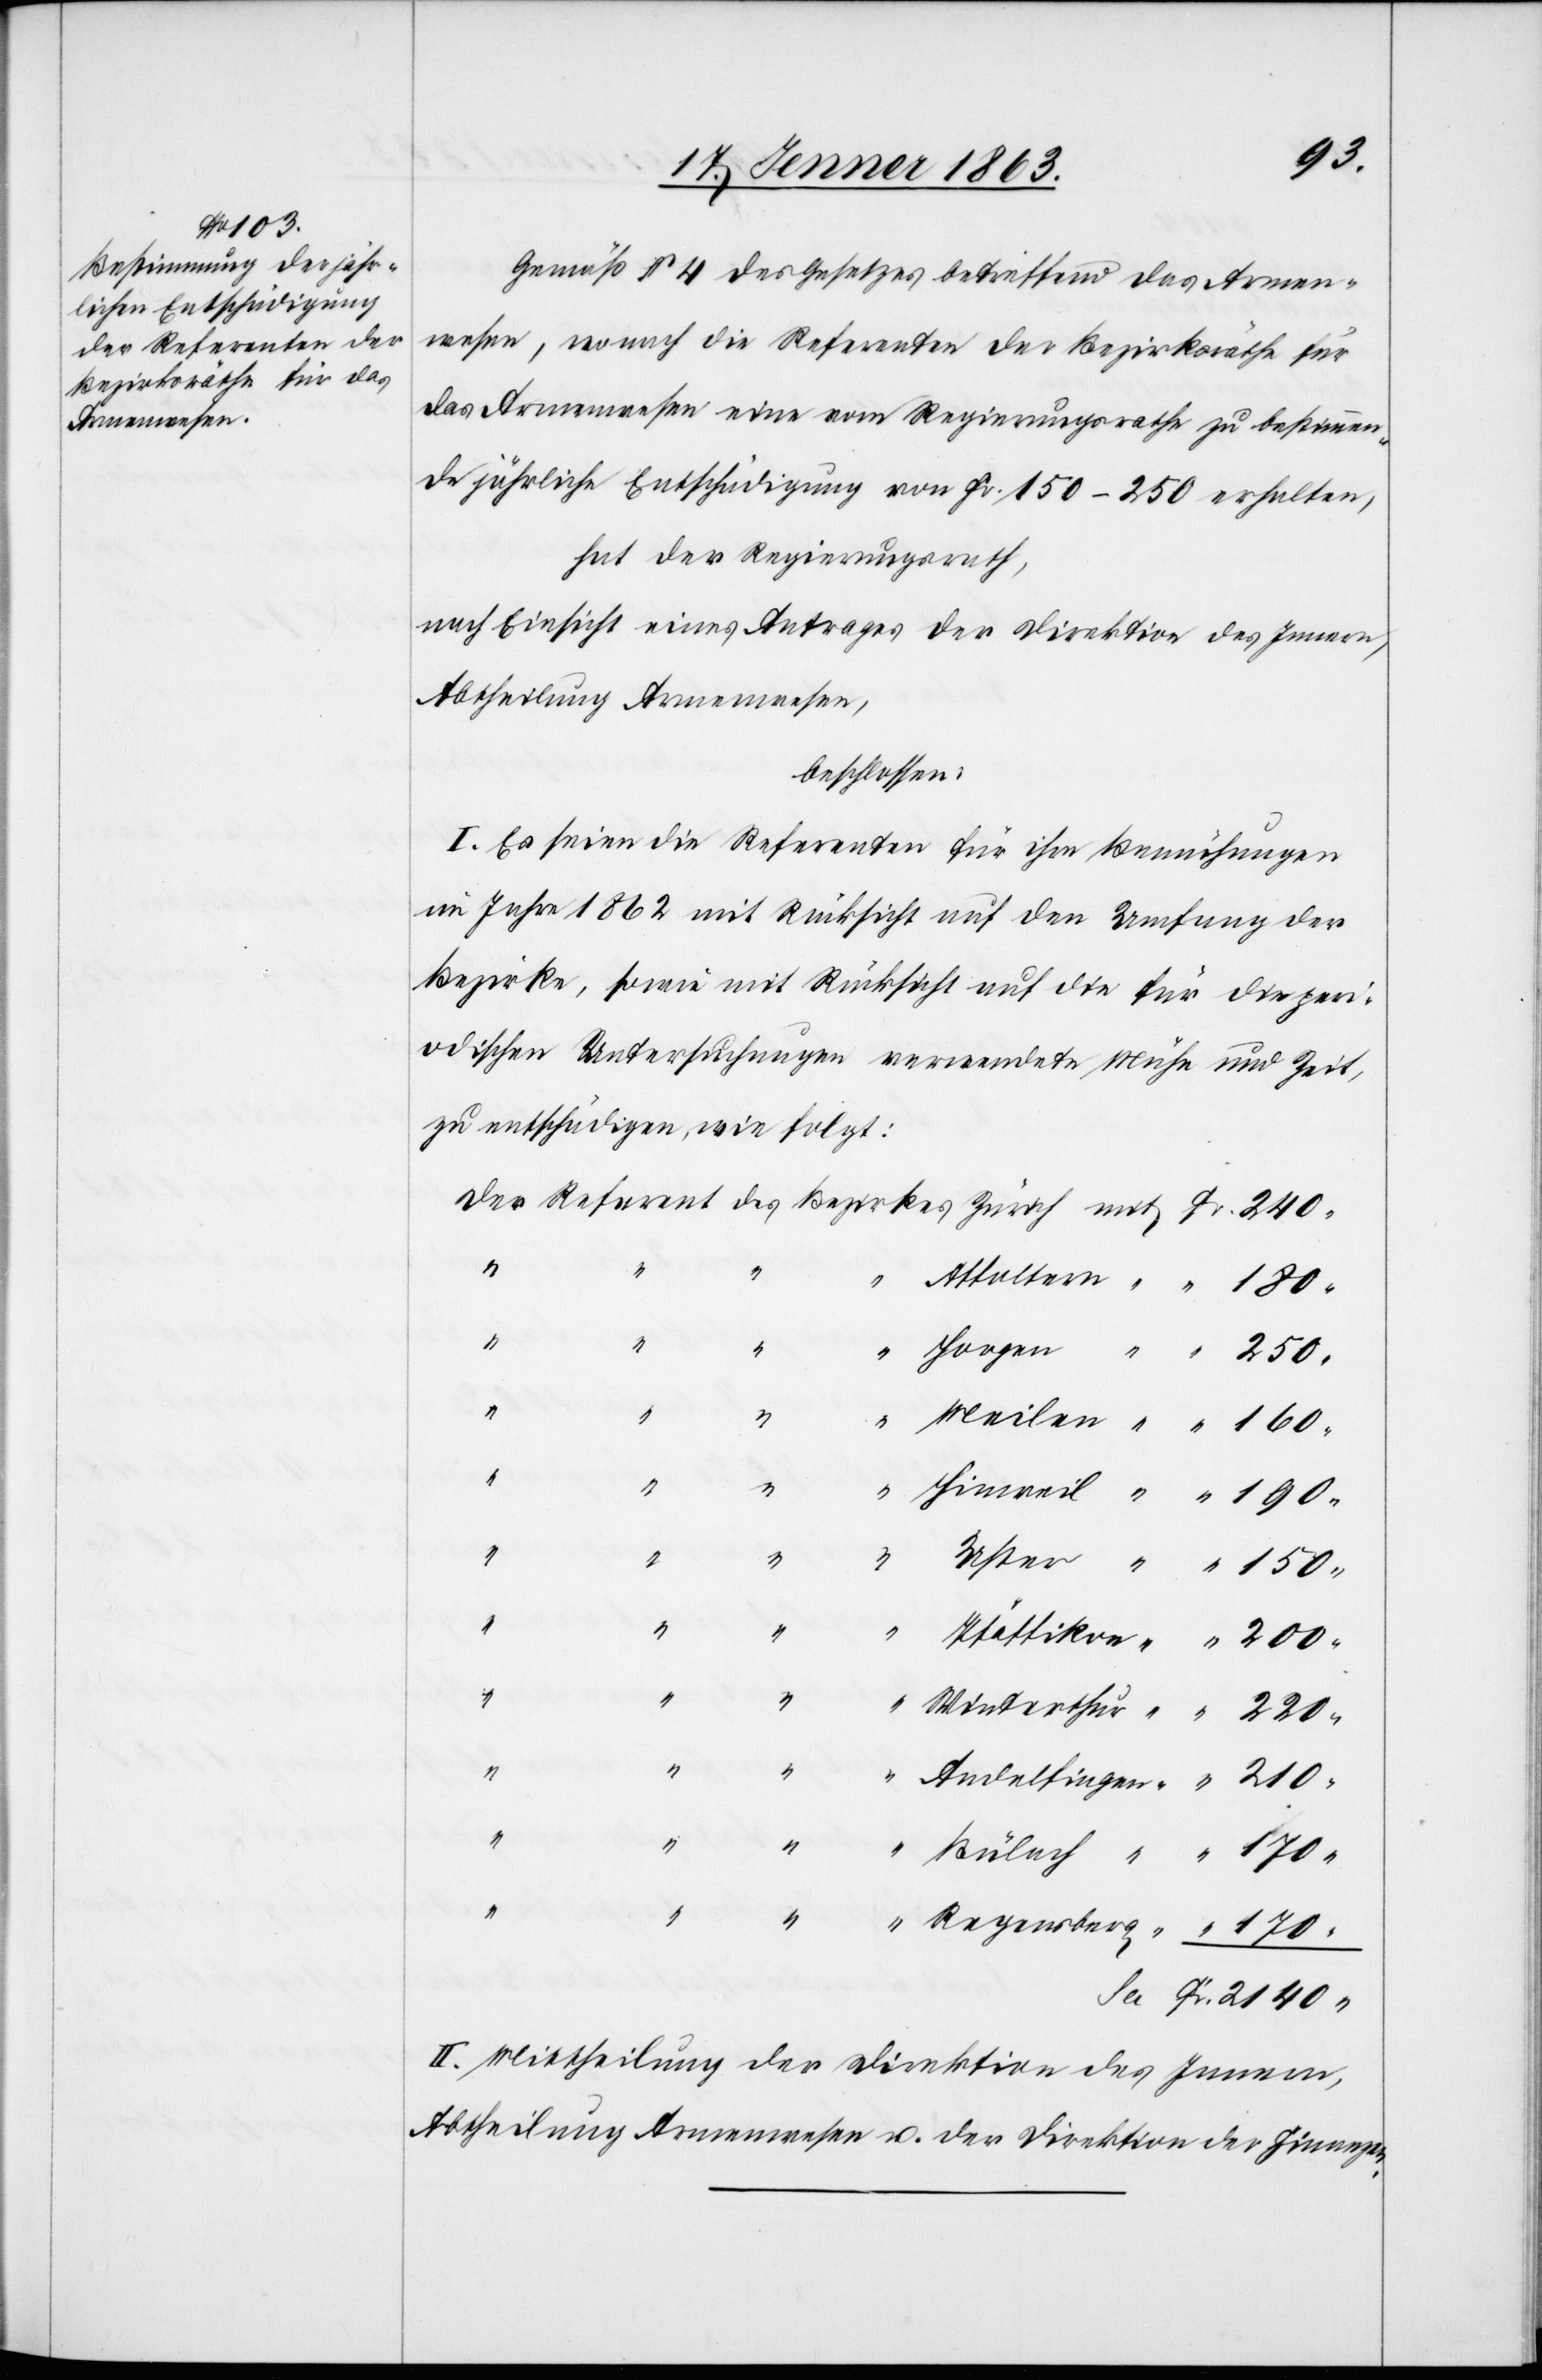
Gemäß § 4 des Gesetzes betreffend das Armen¬
wesen, wonach die Referenten der Bezirksräthe für
das Armenwesen eine vom Regierungsrathe zu bestimmen¬
de jährliche Entschädigung von Fr. 150–250 erhalten,
hat der Regierungsrath,
nach Einsicht eines Antrages der Direktion des Innern,
Abtheilung Armenwesen,
beschlossen:
I. Es seien die Referenten für ihre Bemühungen
im Jahre 1862 mit Rücksicht auf den Umfang der
Bezirke, sowie mit Rücksicht auf die für die peri¬
odischen Untersuchungen verwendete Mühe und Zeit,
zu entschädigen, wie folgt:
2140.
“
Fr.
II. Mittheilung der Direktion des Innern,
Abtheilung Armenwesen u. der Direktion der Finanzen.